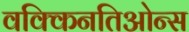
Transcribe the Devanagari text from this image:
वक्किनतिओन्स